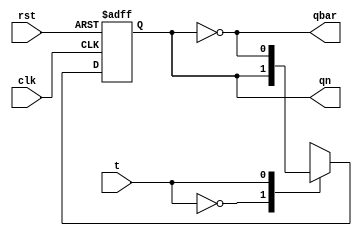

module t_flipflop(input t,clk,rst, output reg qn,output qbar);

always@(posedge clk or posedge rst) begin

 if(rst) begin
  qn = 0 ;
 end
 
 else begin
 
  case(t) 
   1'b0 : qn = qn ;
   1'b1 : qn = ~qn ;
  endcase
  
  end
  
  end
 assign qbar = ~qn ;
  
endmodule